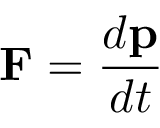
\mathbf { F } = { \frac { d \mathbf { p } } { d t } }